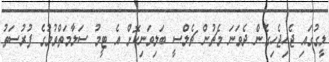
ލީގުގައި ޖެހިޖެހިގެން ދެވަނަ މެޗުން ޗެލްސީ ބަލިވަނިކޮށް އެ ޓީމު ސަލާމަތްވުމުގެ ފުރުސަތު